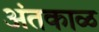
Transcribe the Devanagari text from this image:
अंतकाळ